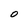
Character: 0